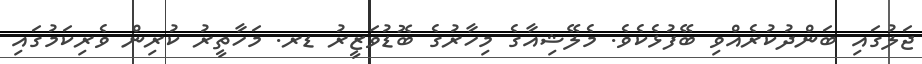
ޖަލުގައި ބަންދުކުރެއްވި ބޭފުޅެކެވެ. މެލޭޝިއާގެ މިހާރުގެ ބޮޑުވަޒީރު ޑރ. މަހާތީރު ކުރިން ވެރިކަމުގައި